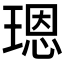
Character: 𤨒